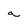
Character: a